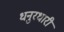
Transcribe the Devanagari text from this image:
धनुरधारी